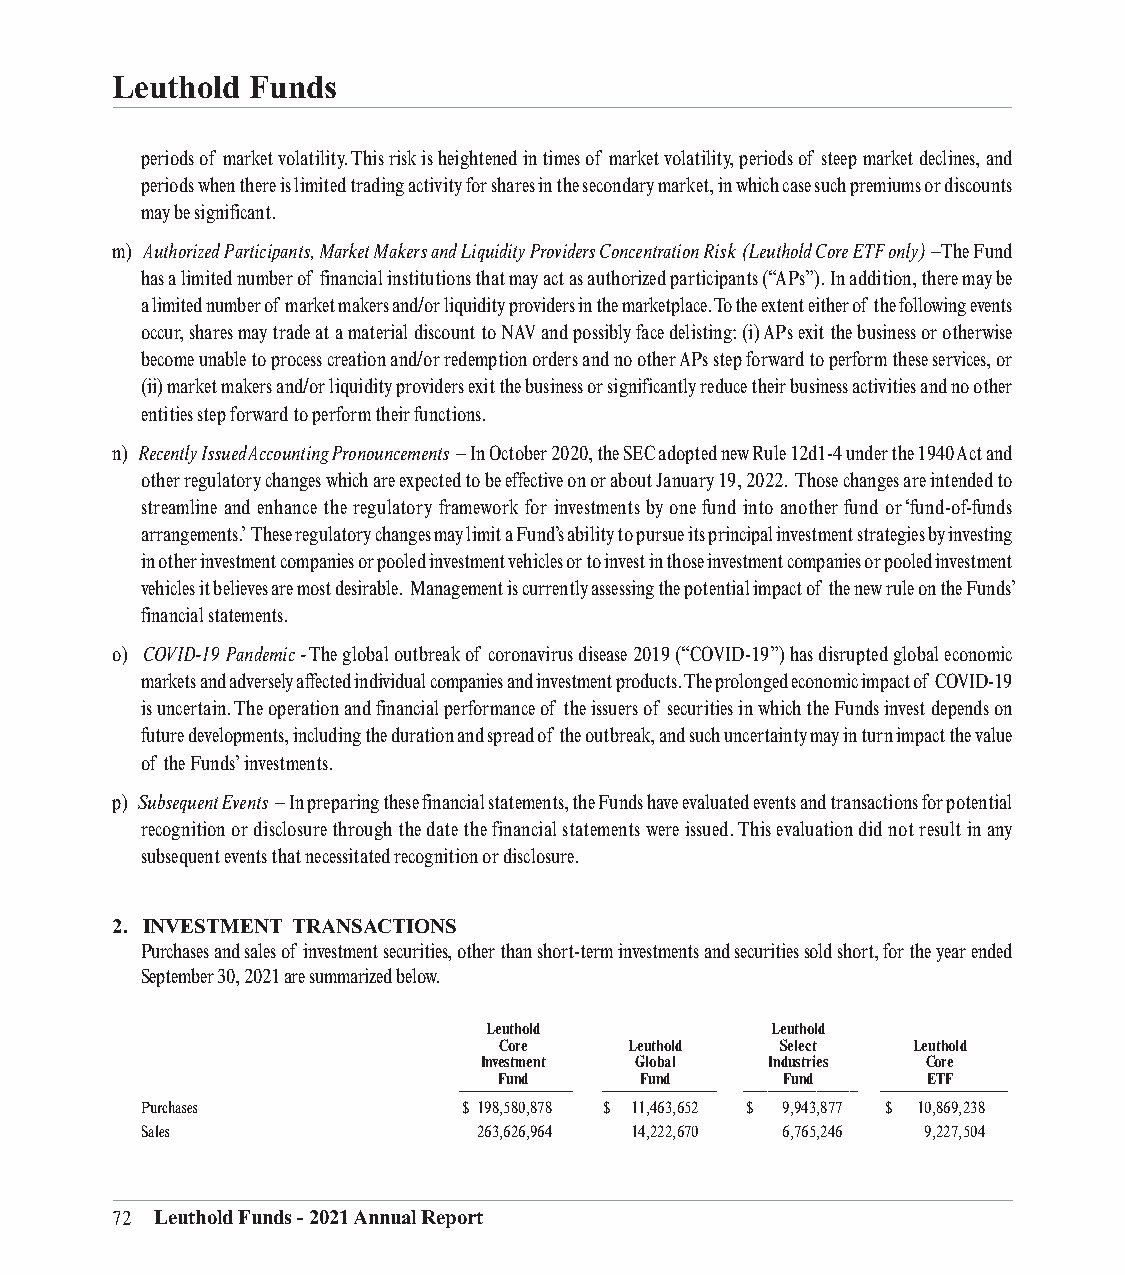
Leuthold Funds
 periods of market volatility. This risk is heightened in times of market volatility, periods of steep market declines, and
 periods when there is limited trading activity for shares in the secondary market, in which case such premiums or discounts
 may be significant.
 m) Authorized Participants, Market Makers and Liquidity Providers Concentration Risk (Leuthold Core ETF only) –The Fund
 has a limited number of financial institutions that may act as authorized participants (“APs”). In addition, there may be
 a limited number of market makers and/or liquidity providers in the marketplace. To the extent either of the following events
 occur, shares may trade at a material discount to NAV and possibly face delisting: (i) APs exit the business or otherwise
 become unable to process creation and/or redemption orders and no other APs step forward to perform these services, or
 (ii) market makers and/or liquidity providers exit the business or significantly reduce their business activities and no other
 entities step forward to perform their functions.
 n) Recently Issued Accounting Pronouncements – In October 2020, the SEC adopted new Rule 12d1-4 under the 1940 Act and
 other regulatory changes which are expected to be effective on or about January 19, 2022. Those changes are intended to
 streamline and enhance the regulatory framework for investments by one fund into another fund or ‘fund-of-funds
 arrangements.’ These regulatory changes may limit a Fund’s ability to pursue its principal investment strategies by investing
 in other investment companies or pooled investment vehicles or to invest in those investment companies or pooled investment
 vehicles it believes are most desirable. Management is currently assessing the potential impact of the new rule on the Funds’
 financial statements.
 o) COVID-19 Pandemic - The global outbreak of coronavirus disease 2019 (“COVID-19”) has disrupted global economic
 markets and adversely affected individual companies and investment products. The prolonged economic impact of COVID-19
 is uncertain. The operation and financial performance of the issuers of securities in which the Funds invest depends on
 future developments, including the duration and spread of the outbreak, and such uncertainty may in turn impact the value
 of the Funds’ investments.
 p) Subsequent Events – In preparing these financial statements, the Funds have evaluated events and transactions for potential
 recognition or disclosure through the date the financial statements were issued. This evaluation did not result in any
 subsequent events that necessitated recognition or disclosure.
 2. INVESTMENT TRANSACTIONS
 Purchases and sales of investment securities, other than short-term investments and securities sold short, for the year ended
 September 30, 2021 are summarized below.
 Leuthold           Leuthold
 Core     Leuthold  Select  Leuthold
 Investment Global  Industries Core
 ___________________ ______F__u_n_d_______ ______F_u__n_d_______ _ _ _ _ _ F_ u_n _d _ _ _ _ _ _ ________E_T_F_ ________
 Purchases             $ 198,580,878 $ 11,463,652 $ 9,943,877 $ 10,869,238
 S ales                 263,626,964 14,222,670 6,765,246 9,227,504
 72 Leuthold Funds - 2021 Annual Report